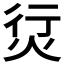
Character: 𰞘